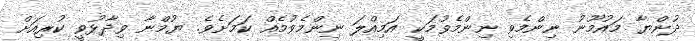
ދުންޔާ މައުމޫނު ނިންމެވި ނިންމެވުމަކީ އަމިއްލަ ނިންމެވުމެއް ކަމަށެވެ. ޔުމްނާ ވިދާޅުވީ ކުރިއަށް